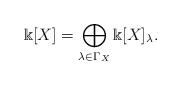
LaTeX: \begin{align*}\Bbbk[X] = \bigoplus \limits_{\lambda \in \Gamma_X} \Bbbk[X]_\lambda.\end{align*}